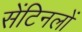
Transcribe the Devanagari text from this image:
सेंटिनलों